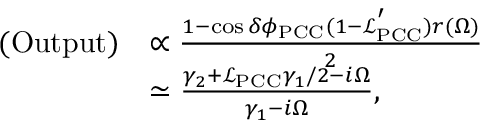
\begin{array} { r l } { \mathrm { ( O u t p u t ) } } & { \propto \frac { 1 - \cos \delta \phi _ { \mathrm { P C C } } ( 1 - \mathcal { L } _ { \mathrm { P C C } } ^ { ' } ) r ( \Omega ) } { 2 } } \\ & { \simeq \frac { \gamma _ { 2 } + \mathcal { L } _ { \mathrm { P C C } } \gamma _ { 1 } / 2 - i \Omega } { \gamma _ { 1 } - i \Omega } , } \end{array}